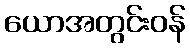
ယောအတွင်းဝန်